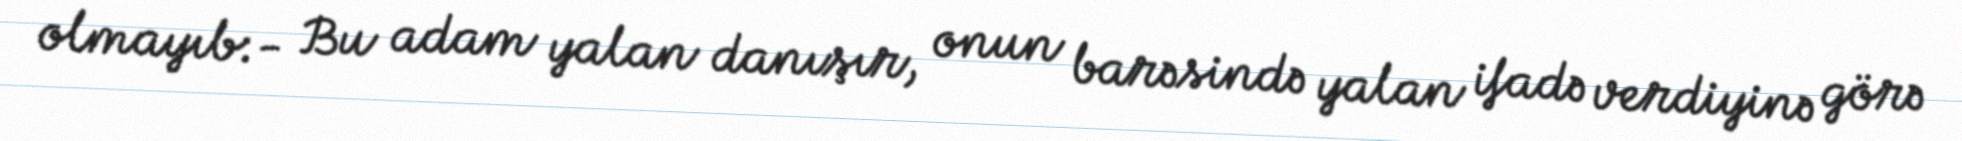
olmayıb:- Bu adam yalan danışır, onun barəsində yalan ifadə verdiyinə görə